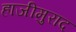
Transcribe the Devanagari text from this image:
हाजीमुराद